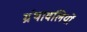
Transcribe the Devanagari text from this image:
ग्रंथावलियों